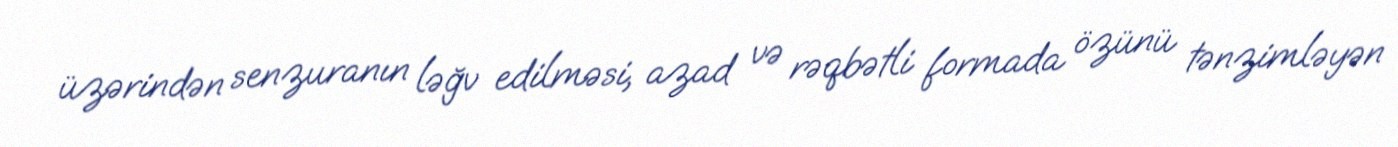
üzərindən senzuranın ləğv edilməsi, azad və rəqbətli formada özünü tənzimləyən